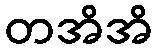
တအိအိ